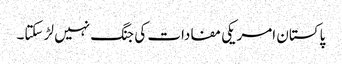
پاکستان امریکی مفادات کی جنگ نہیں لڑ سکتا۔